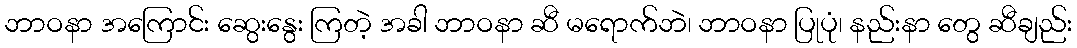
ဘာဝနာ အကြောင်း ဆွေးနွေး ကြတဲ့ အခါ ဘာဝနာ ဆီ မရောက်ဘဲ၊ ဘာဝနာ ပြုပုံ၊ နည်းနာ တွေ ဆီချည်း